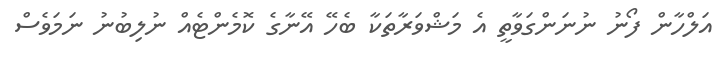
އަލްހާން ފޯނު ނުނަންގަވާތީ އެ މަޝްވަރާތަކާ ބެހޭ އޭނާގެ ކޮމެންޓެއް ނުލިބުނު ނަމަވެސް